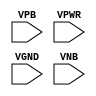
/**
 * Copyright 2020 The SkyWater PDK Authors
 *
 * Licensed under the Apache License, Version 2.0 (the "License");
 * you may not use this file except in compliance with the License.
 * You may obtain a copy of the License at
 *
 *     https://www.apache.org/licenses/LICENSE-2.0
 *
 * Unless required by applicable law or agreed to in writing, software
 * distributed under the License is distributed on an "AS IS" BASIS,
 * WITHOUT WARRANTIES OR CONDITIONS OF ANY KIND, either express or implied.
 * See the License for the specific language governing permissions and
 * limitations under the License.
 *
 * SPDX-License-Identifier: Apache-2.0
 */

`ifndef SKY130_FD_SC_MS__FILL_PP_SYMBOL_V
`define SKY130_FD_SC_MS__FILL_PP_SYMBOL_V

/**
 * fill: Fill cell.
 *
 * Verilog stub (with power pins) for graphical symbol definition
 * generation.
 *
 * WARNING: This file is autogenerated, do not modify directly!
 */

`timescale 1ns / 1ps
`default_nettype none

(* blackbox *)
module sky130_fd_sc_ms__fill (
    //# {{power|Power}}
    input VPB ,
    input VPWR,
    input VGND,
    input VNB
);
endmodule

`default_nettype wire
`endif  // SKY130_FD_SC_MS__FILL_PP_SYMBOL_V